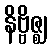
နိဗ္ဗိဇ္ဈ